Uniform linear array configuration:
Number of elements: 32
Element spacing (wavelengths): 0.75
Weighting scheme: uniform
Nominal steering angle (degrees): -45
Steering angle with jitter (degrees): -43.945
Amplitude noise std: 0.05
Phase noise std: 0.05

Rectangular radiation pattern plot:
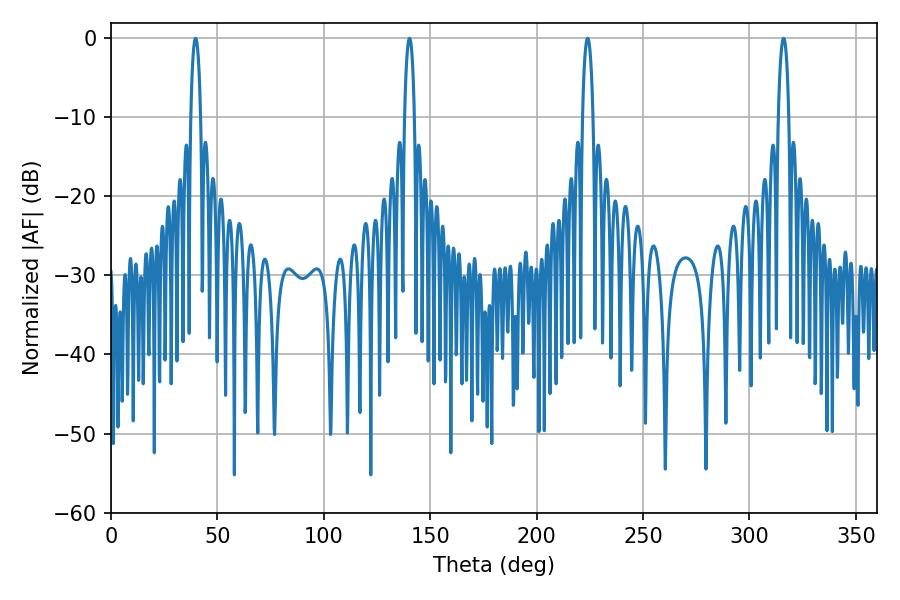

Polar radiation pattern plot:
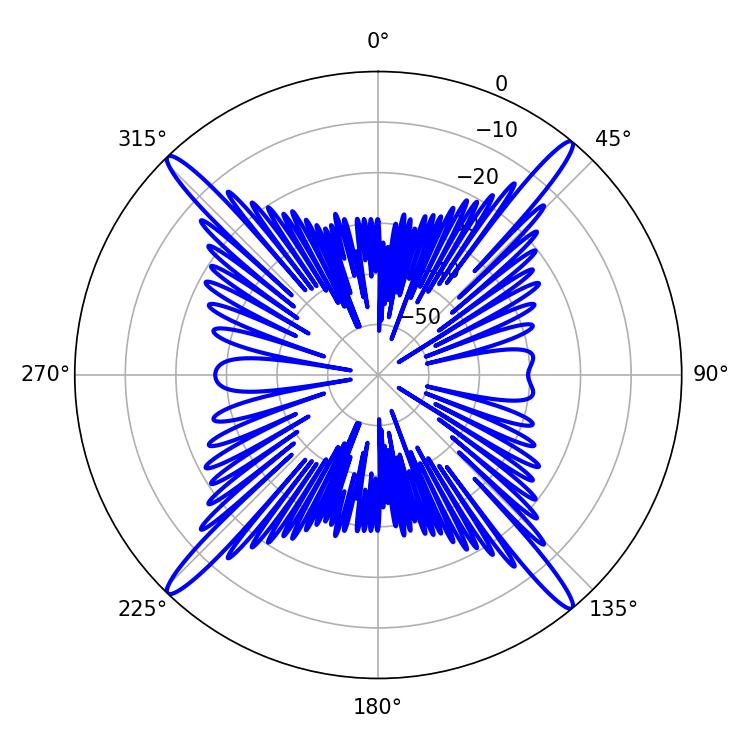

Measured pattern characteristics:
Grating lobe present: TRUE
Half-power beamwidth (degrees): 2.7
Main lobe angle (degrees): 223.92